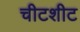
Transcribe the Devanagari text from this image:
चीटशीट